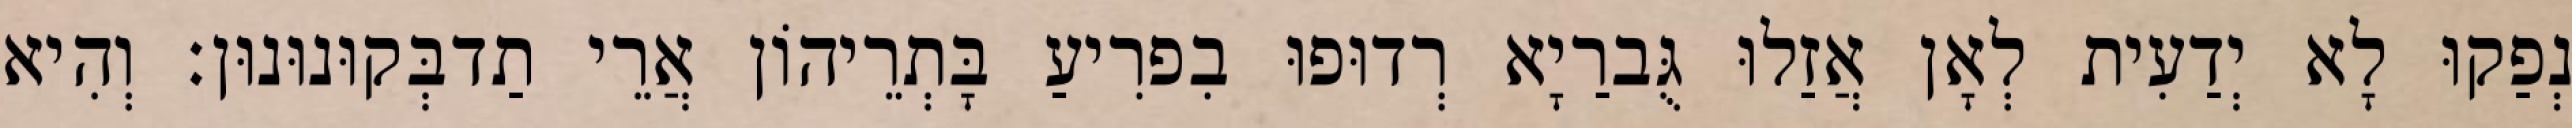
נְפַקוּ לָא יְדַעִית לְאָן אֲזַלוּ גֻּברַיָא רְדוּפוּ בִפרִיעַ בָּתְרֵיהוֹן אֲרֵי תַדבְּקוּנוּנוּן׃ וְהִיא